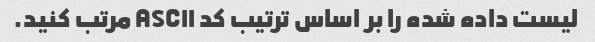
لیست داده شده را بر اساس ترتیب کد ASCII مرتب کنید.